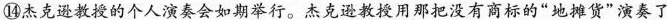
⑩杰克逊教授的个人演奏会如期举行。杰克逊教那把没有商标的“地摊货”演奏了